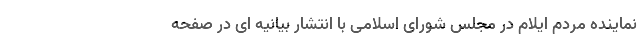
نماینده مردم ایلام در مجلس شورای اسلامی با انتشار بیانیه ای در صفحه